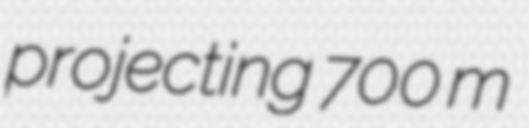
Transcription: projecting 700 m